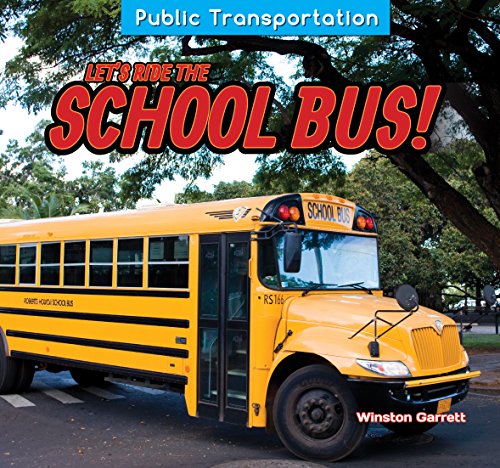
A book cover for Let's Ride the School Bus! (Public Transportation); Winston Garrett; Children's Books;